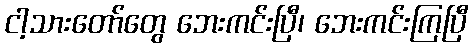
ငါ့သားတော်တွေ ဘေးကင်းပြီ၊ ဘေးကင်းကြပြီ